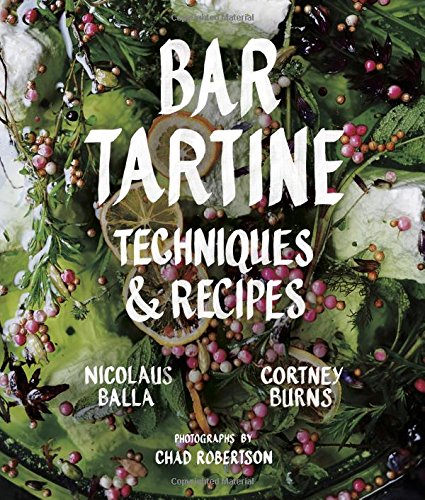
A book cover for Bar Tartine: Techniques & Recipes; Cortney Burns; Cookbooks, Food & Wine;